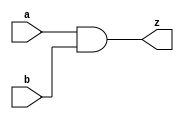
module aand(output z, input a, input b);
	assign z = a & b;
endmodule